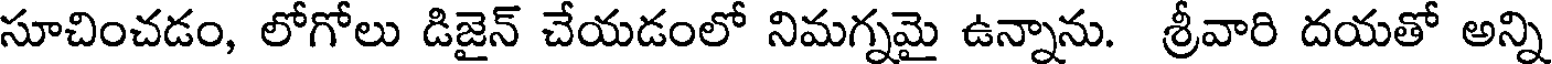
సూచించడం, లోగోలు డిజైన్ చేయడంలో నిమగ్నమై ఉన్నాను. శ్రీవారి దయతో అన్ని